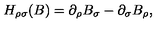
H _ { \rho \sigma } ( B ) = \partial _ { \rho } B _ { \sigma } - \partial _ { \sigma } B _ { \rho } ,